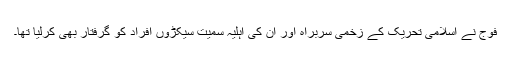
فوج نے اسلامی تحریک کے زخمی سربراہ اور ان کی اہلیہ سمیت سیکڑوں افراد کو گرفتار بھی کرلیا تھا۔